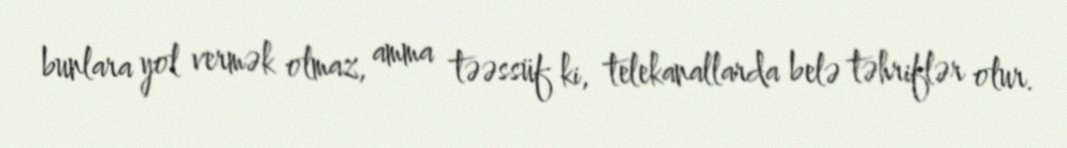
bunlara yol vermək olmaz, amma təəssüf ki, telekanallarda belə təhriflər olur.